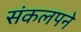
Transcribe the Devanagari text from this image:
संकलपने